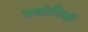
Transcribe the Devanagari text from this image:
पयोनिधी